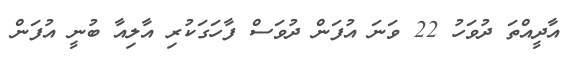
އާދީއްތަ ދުވަހު 22 ވަނަ އުފަން ދުވަސް ފާހަގަކުރި އާލިއާ ބުނީ އުފަން